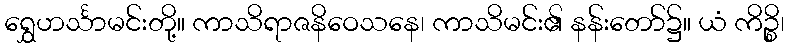
ရွှေဟင်္သာမင်းတို့။ ကာသိရာဇနိဝေသနေ၊ ကာသိမင်း၏ နန်းတော်၌။ ယံ ကိဉ္စိ၊